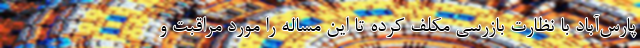
پارس‌آباد با نظارت بازرسی مکلف کرده تا این مساله را مورد مراقبت و